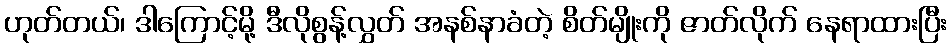
ဟုတ်တယ်၊ ဒါကြောင့်မို့ ဒီလိုစွန့်လွှတ် အနစ်နာခံတဲ့ စိတ်မျိုးကို ဇာတ်လိုက် နေရာထားပြီး